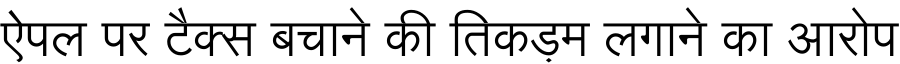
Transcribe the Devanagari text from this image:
ऐपल पर टैक्स बचाने की तिकड़म लगाने का आरोप